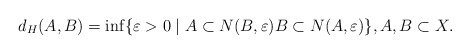
\begin{align*}d_H(A,B)=\inf\{\varepsilon >0\mid A\subset N(B, \varepsilon) B\subset N(A,\varepsilon)\},A,B \subset X.\end{align*}